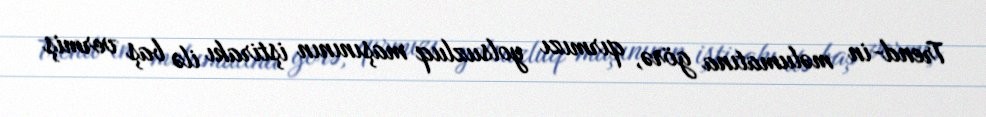
Trend-in məlumatına görə, qırmızı yolsuzluq maşınının iştirakı ilə baş vermiş